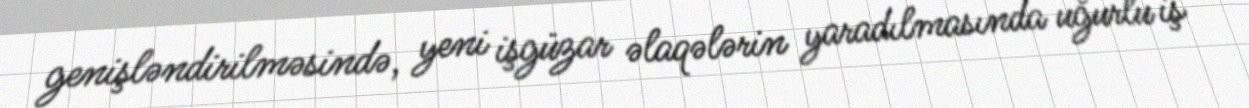
genişləndirilməsində, yeni işgüzar əlaqələrin yaradılmasında uğurlu iş